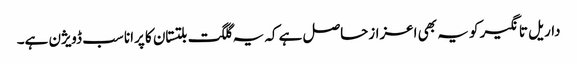
داریل تانگیر کو یہ بھی اعزازحاصل ہے کہ یہ گلگت بلتستان کا پرانا سب ڈویژن ہے۔